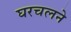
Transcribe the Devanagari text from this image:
घरचलने